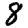
Digit: 8